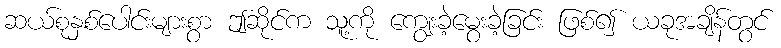
ဆယ်စုနှစ်ပေါင်းများစွာ ဤဆိုင်က သူ့ကို ကျွေးခဲ့မွေးခဲ့ခြင်း ဖြစ်၍ ယခုအချိန်တွင်